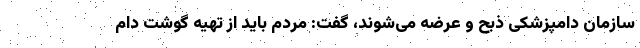
سازمان دامپزشکی ذبح و عرضه می‌شوند، گفت: مردم باید از تهیه گوشت دام